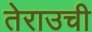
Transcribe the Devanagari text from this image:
तेराउची